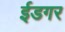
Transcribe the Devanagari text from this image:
ईडगर